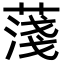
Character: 䔐